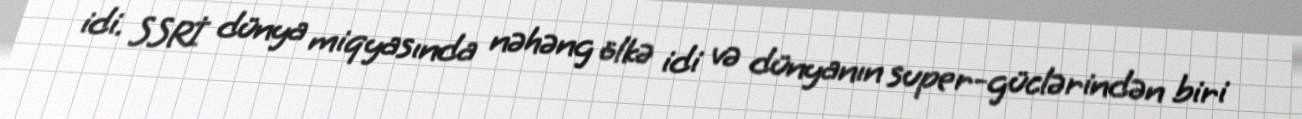
idi. SSRİ dünya miqyasında nəhəng ölkə idi və dünyanın super-güclərindən biri